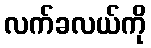
လက်ခလယ်ကို